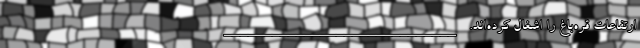
ارتفاعات قره‌باغ را اشغال کرده‌اند. _____________________________